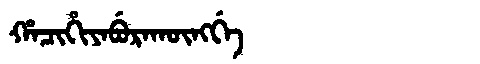
Manchu: ᡥᠠᠴᡳᡥᡳᠶᠠᠪᡠᡵᠠᡴᡡᠩᡤᡝ
Romanization: HACIHIYABURAKŪNGGE